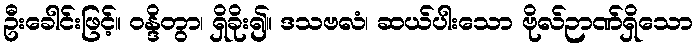
ဦးခေါင်းဖြင့်။ ဝန္ဒိတွာ၊ ရှိခိုး၍။ ဒသဗလံ၊ ဆယ်ပါးသော ဗိုလ်ဉာဏ်ရှိသော